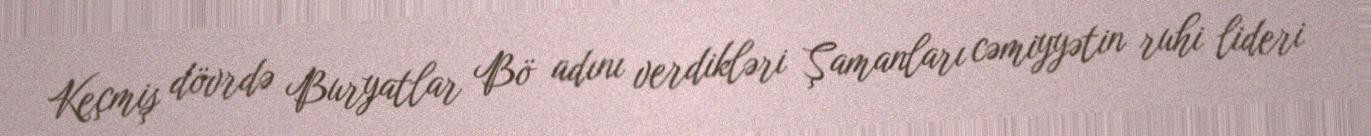
Keçmiş dövrdə Buryatlar Bö adını verdikləri Şamanları cəmiyyətin ruhi lideri